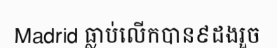
Madrid ធ្លាប់លើកបាន៩ដងរួច